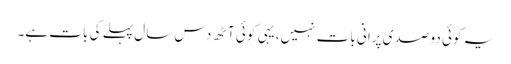
یہ کوئی دو صدی پرانی بات نہیں، یہی کوئی آٹھ دس سال پہلے کی بات ہے۔